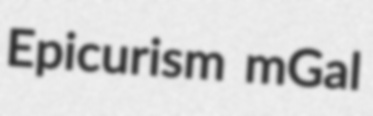
Epicurism mGal